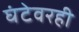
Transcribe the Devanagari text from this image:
घंटेवरही